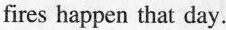
fires happen that day.